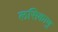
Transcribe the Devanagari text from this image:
लसिकाणु